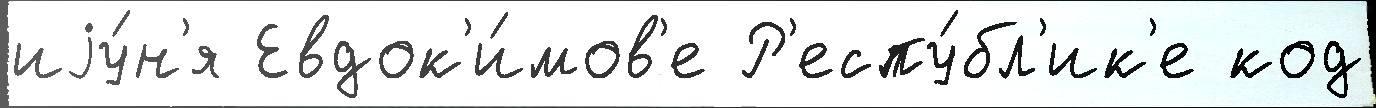
иjу́н'я Евдок'и́мов'е Р'еспу́бл'ик'е код